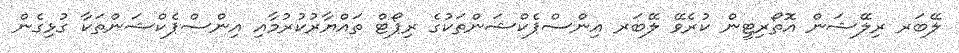
ލޭބަރ ރިލޭޝަން އޮތޯރިޓީން ކުރެވޭ ލޭބަރ އިންސްޕެކްޝަންތަކުގެ ރިޕޯޓް ތައްޔާރުކުރުމާއި އިންސްޕެކްޝަންތަކާ ގުޅިގެން